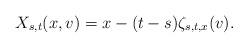
LaTeX: \begin{align*} X_{s,t}(x,v) = x - (t-s) \zeta_{s,t,x}(v).\end{align*}